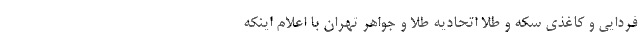
فردایی و کاغذی سکه و طلا اتحادیه طلا و جواهر تهران با اعلام اینکه